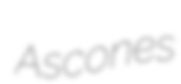
Ascones